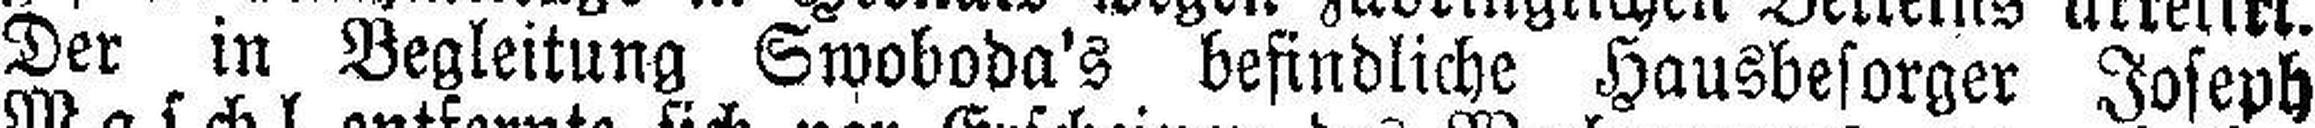
Der in Begleitung Swoboda's befindliche Hausbesorger Joseph